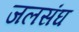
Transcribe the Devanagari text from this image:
जलसंघ